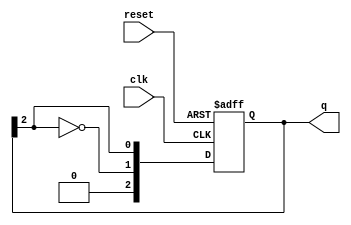
module JohnsonCounter #(parameter N = 3) (
    input wire clk,           // Clock signal
    input wire reset,         // Asynchronous reset signal
    output reg [N-1:0] q     // Output state of the counter
);

    // Always block triggered by the clock and reset
    always @(posedge clk or posedge reset) begin
        if (reset) begin
            q <= {N{1'b0}};   // Initialize counter to 0 on reset
        end else begin
            q <= {~q[N-1], q[N-1:N-1]}; // Shift the state: q0 = ~q(N-1), and other q's shift right
        end
    end
endmodule